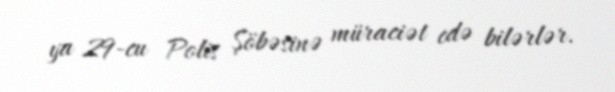
ya 29-cu Polis Şöbəsinə müraciət edə bilərlər.